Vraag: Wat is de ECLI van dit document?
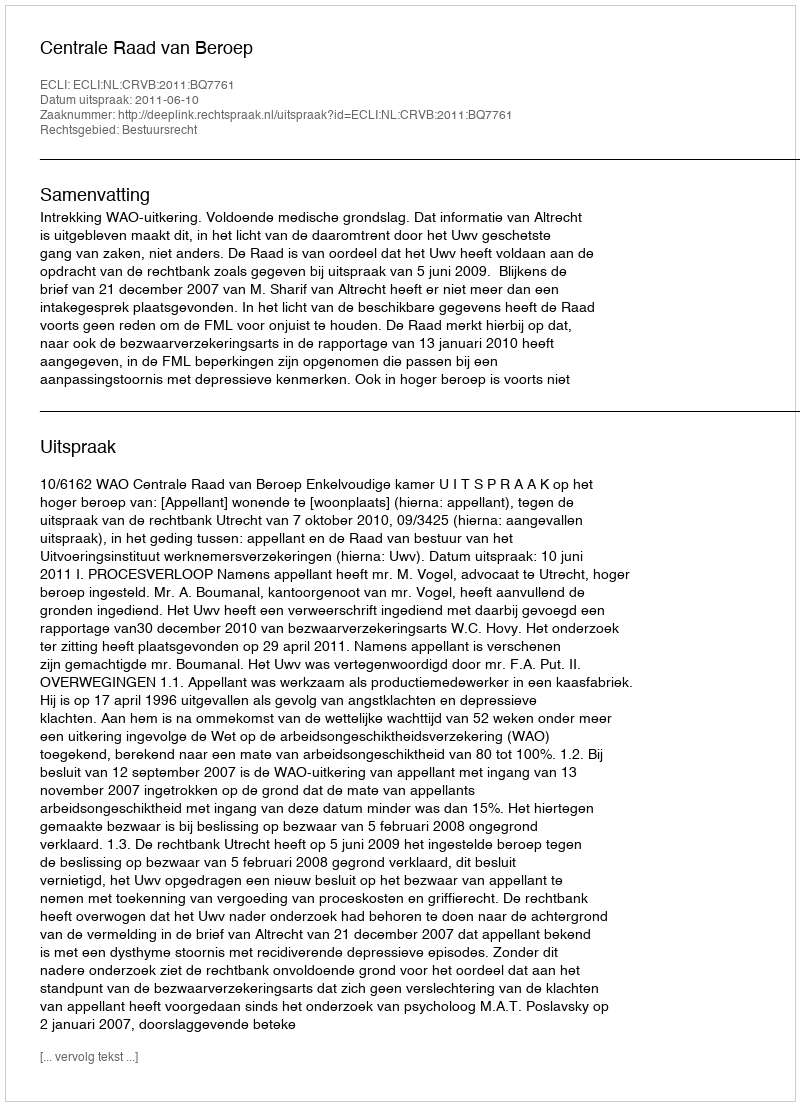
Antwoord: ECLI:NL:CRVB:2011:BQ7761